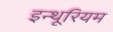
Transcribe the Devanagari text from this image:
इन्थूरियम